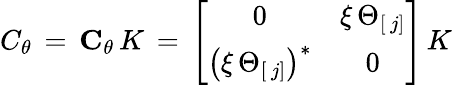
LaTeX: C_{\theta}\, =\, {\mathbf C}_{\theta}\, K\, =\, \left[\begin{array}{cc}{{0}}&{{\xi\, \Theta_{[\, j]}}}\\ {{\left(\xi\, \Theta_{[\, j]}\right)^{\ast}}}&{{0}}\end{array}\right]\, K